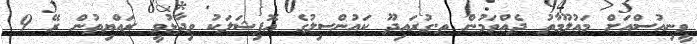
ވީނިއުސްއަށް މައުލޫމާތު ދެއްވަމުން ތ.ގުރައިދޫ ކައުންސިލުގެ އޮފިޝަލަކު ވިދާޅުވީ ރައްޔިތުން ރޭ 9